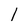
Character: 1